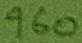
Text: 960